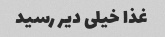
غذا خیلی دیر رسید